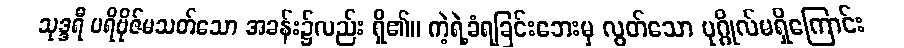
သုဒ္ဒရီ ပရိဗိုဇ်မသတ်သော အခန်း၌လည်း ရှိ၏။ ကဲ့ရဲ့ခံရခြင်းဘေးမှ လွတ်သော ပုဂ္ဂိုလ်မရှိကြောင်း